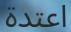
اعتدة